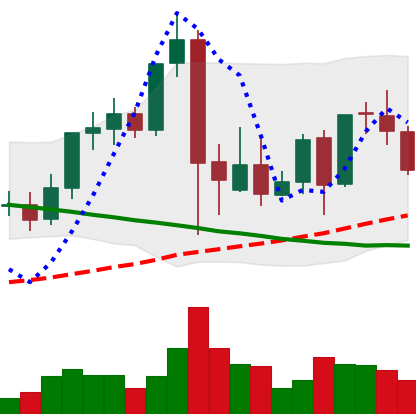
Ticker: LINK-USD
Chart end date: 2021-09-17
Forward return: -11.56%
Label: down_7plus